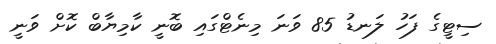
ސިޓީގެ ފަހު ލަނޑު 85 ވަނަ މިނެޓްގައި ބޮނީ ކާމިޔާބް ކޮށް ވަނީ